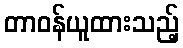
တာဝန်ယူထားသည့်